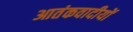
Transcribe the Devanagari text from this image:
आतंकवादीयों